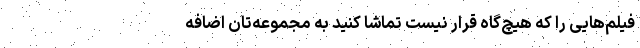
فیلم‌هایی را که هیچ‌گاه قرار نیست تماشا کنید به مجموعه‌تان اضافه